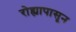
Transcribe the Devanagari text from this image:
रोह्यापासून